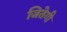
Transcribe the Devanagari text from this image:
जितेगी